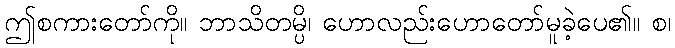
ဤစကားတော်ကို။ ဘာသိတမ္ပိ၊ ဟောလည်းဟောတော်မူခဲ့ပေ၏။ စ၊